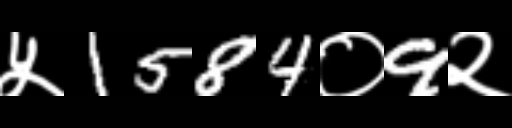
Text: ५1584०9२